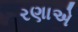
રણાએ